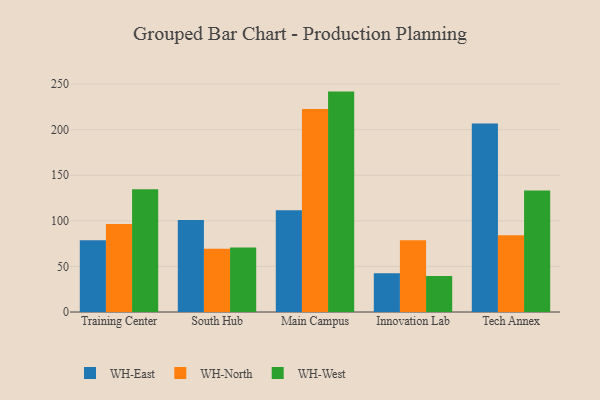
{"axis": {"x": "Campus", "y": "Humidity (%)"}, "legend": ["WH-East", "WH-North", "WH-West"], "data": [{"x": "Training Center", "y": 78.8, "type": "WH-East"}, {"x": "Training Center", "y": 96.6, "type": "WH-North"}, {"x": "Training Center", "y": 134.6, "type": "WH-West"}, {"x": "South Hub", "y": 100.9, "type": "WH-East"}, {"x": "South Hub", "y": 69.3, "type": "WH-North"}, {"x": "South Hub", "y": 70.7, "type": "WH-West"}, {"x": "Main Campus", "y": 111.5, "type": "WH-East"}, {"x": "Main Campus", "y": 222.6, "type": "WH-North"}, {"x": "Main Campus", "y": 241.7, "type": "WH-West"}, {"x": "Innovation Lab", "y": 42.6, "type": "WH-East"}, {"x": "Innovation Lab", "y": 78.8, "type": "WH-North"}, {"x": "Innovation Lab", "y": 39.5, "type": "WH-West"}, {"x": "Tech Annex", "y": 206.8, "type": "WH-East"}, {"x": "Tech Annex", "y": 84.3, "type": "WH-North"}, {"x": "Tech Annex", "y": 133.2, "type": "WH-West"}]}